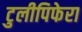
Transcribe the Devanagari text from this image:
टुलीपिफेरा